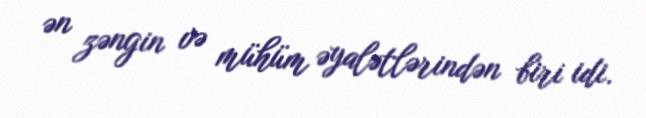
ən zəngin və mühüm əyalətlərindən biri idi.